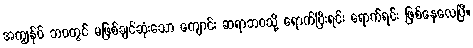
အကျွန်ုပ် ဘဝတွင် မဖြစ်ချင်ဆုံးသော ကျောင်း ဆရာဘဝသို့ ရောက်ပြီးရင်း ရောက်ရင်း ဖြစ်နေလေပြီ။